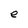
Character: e